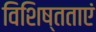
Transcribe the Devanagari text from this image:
विशिष्तताएं